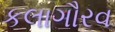
કલાગૌરવ